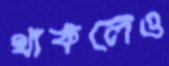
থাকলেও